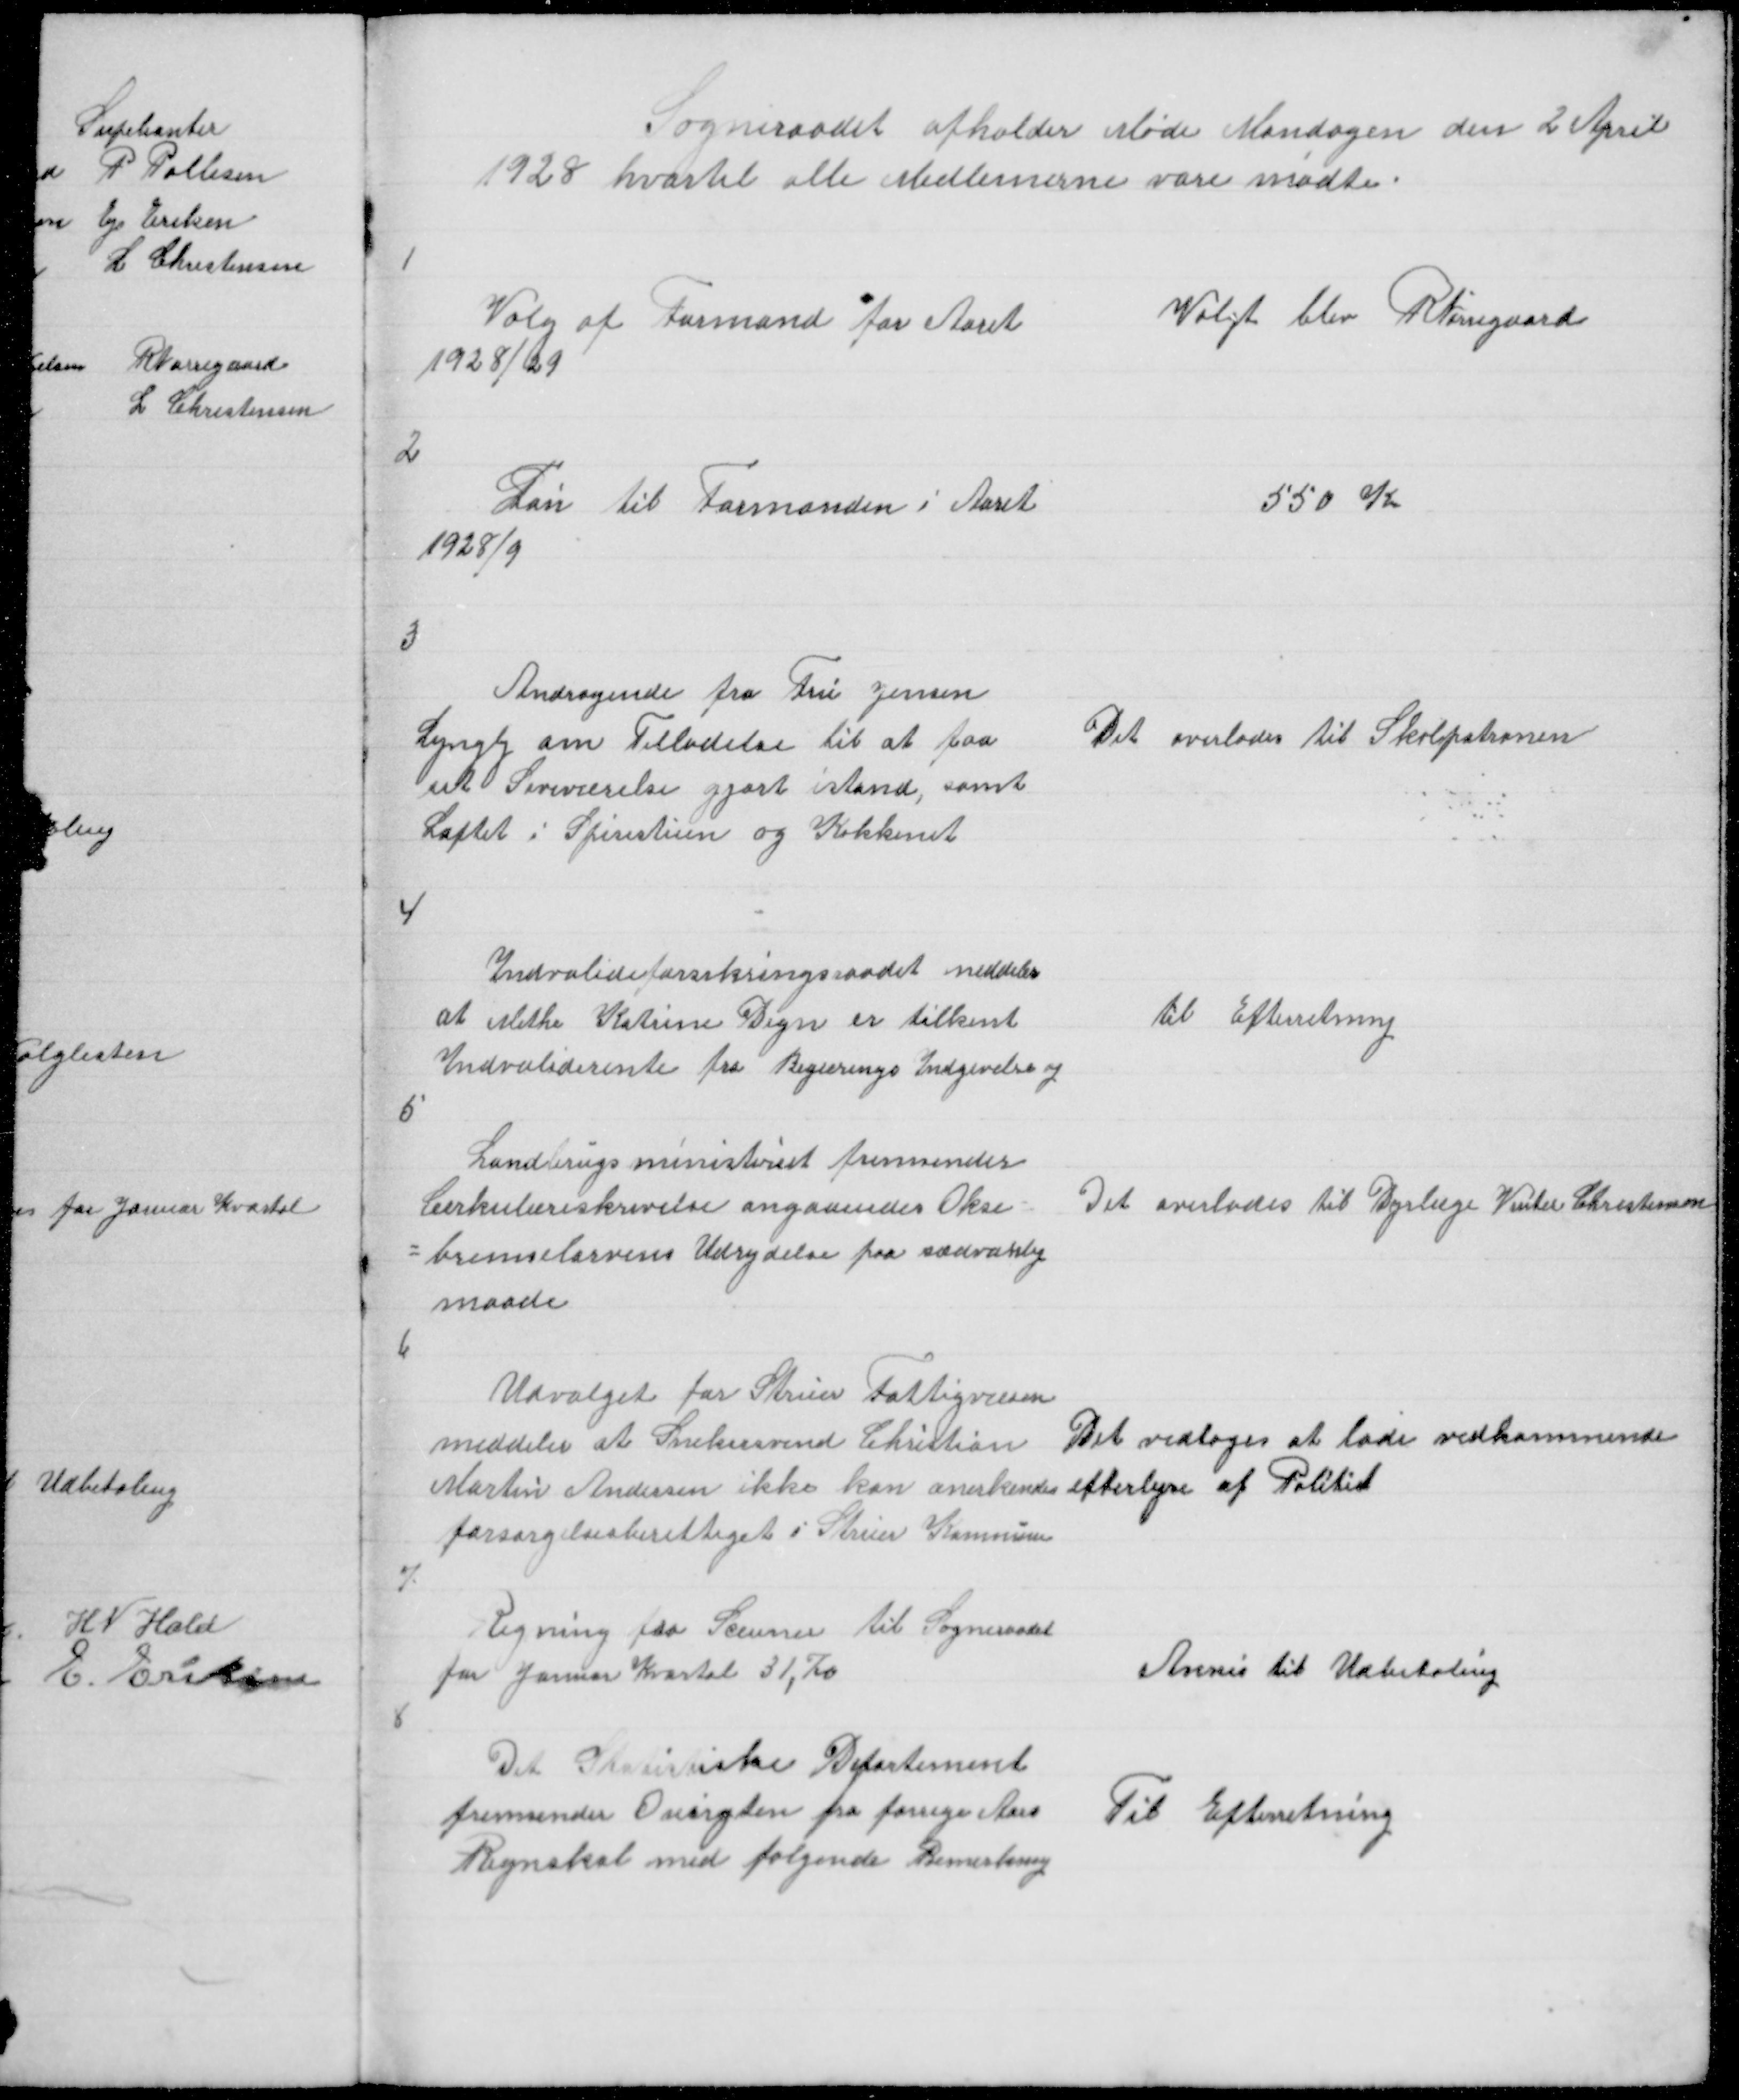
Transskription:
Sogneraadet afholder Møde Mandagen den 2 April
1928 hvortil alle Medlemerne vare mødte

1

Valg af Formand for Aaret
1928/29

Valgt blev R Nørregaard

2

Løn til Formanden i Aaret
1928/9

550 Kr

3

Andragende fra Fru jensen
Lyngby om Tilladelse til at faa
sit Soveværelse gjort istand, samt
Loftet i Spisestuen og Køkkenet

Det overlades til Skolpatronen

4

Indvalideforsikringsraadet meddeler
at Methe Katrine Degn er tilkent
Indvaliderente fra Begæringens Indgivelse og

til Efterretning

5

Landbrugsministeriet fremsender
Cirkulæreskrivelse angaaendes Okse =
= bremselarvens Udrydelse paa sædvanlig
maade

Det overlades til Dyrlæge Vinter Christensen

6

Udvalget for Struer Fattigvæsen
meddeler at Snekersvend Christian
Martin Andersen ikke kan anerkendes
forsørgelsesberettiget i Struer Kommune

Det vedtoges at lade vedkommende
efterlyse af Politiet

7

Regning fra Sceuner til Sogneraadet
for Januar Kvartal 31,70

Anvis til Udbetaling

8

Det Statistiske Departement
fremsender Overgten fra forrige Aars
Regnskab med følgende Bemerkning

Til Efterretning